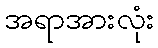
အရာအားလုံး